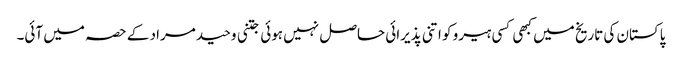
پاکستان کی تاریخ میں کبھی کسی ہیرو کو اتنی پذیرائی حاصل نہیں ہوئی جتنی وحید مراد کے حصہ میں آئی۔